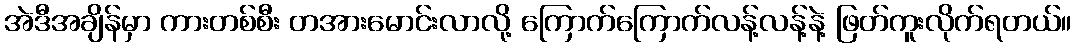
အဲဒီအချိန်မှာ ကားတစ်စီး တအားမောင်းလာလို့ ကြောက်ကြောက်လန့်လန့်နဲ့ ဖြတ်ကူးလိုက်ရတယ်။